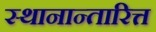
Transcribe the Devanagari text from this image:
स्थानान्तारित्त